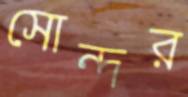
সোন্দর